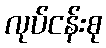
လုပ်ငန်းစု